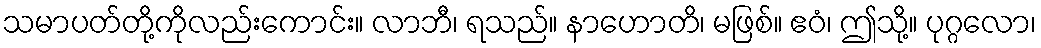
သမာပတ်တို့ကိုလည်းကောင်း။ လာဘီ၊ ရသည်။ နာဟောတိ၊ မဖြစ်။ ဧဝံ၊ ဤသို့။ ပုဂ္ဂလော၊